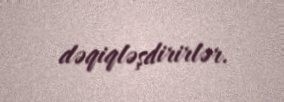
dəqiqləşdirirlər.